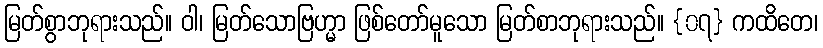
မြတ်စွာဘုရားသည်။ ဝါ၊ မြတ်သောဗြဟ္မာ ဖြစ်တော်မူသော မြတ်စာဘုရားသည်။ {၀၇} ကထိတေ၊